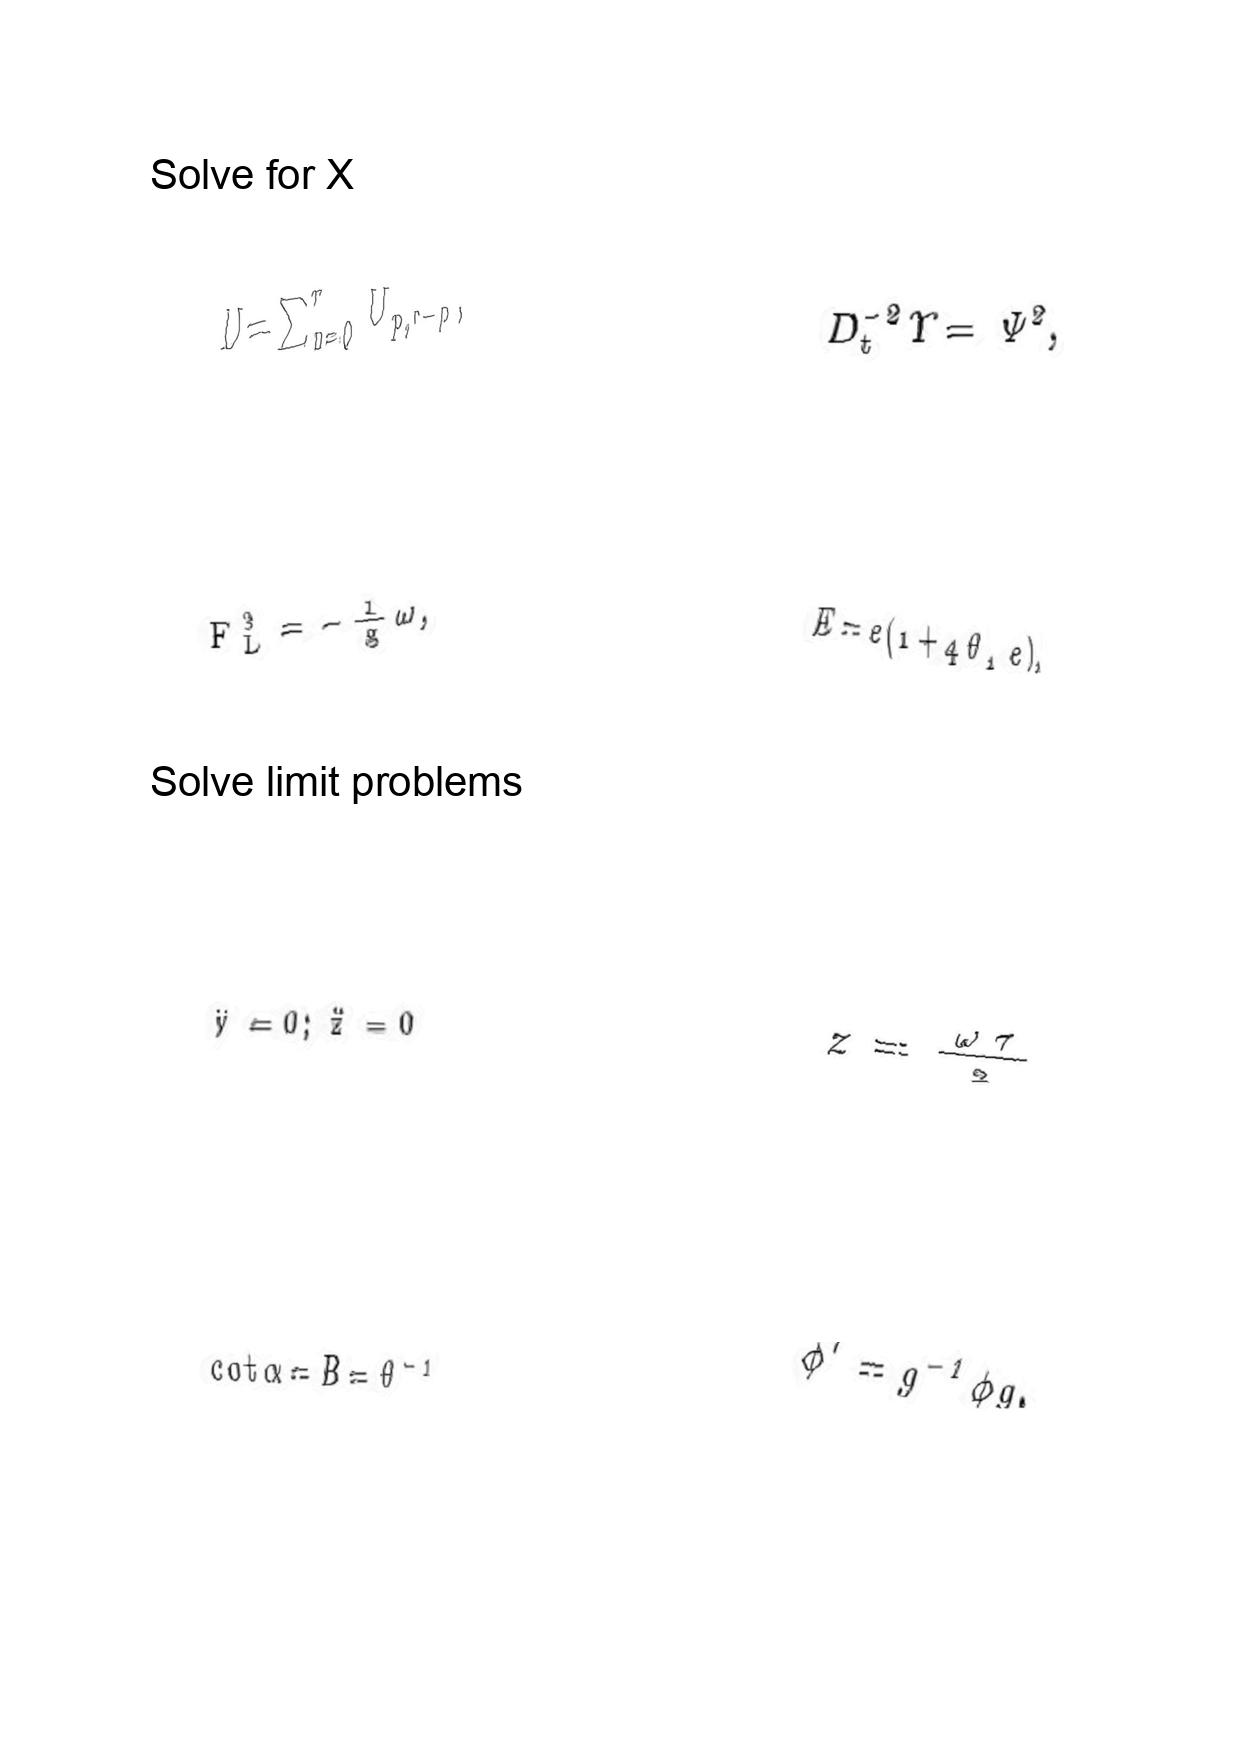
LaTeX transcription:
U = \sum _ { p = 0 } ^ { r } U _ { p , r - p } ,
F _ { L } ^ { 3 } = - \frac { 1 } { g } \omega ,
\ddot { y } = 0 ; \ddot { z } = 0
\mathrm { c o t } \alpha = B = \theta ^ { - 1 }
D _ { t } ^ { - 2 } \Upsilon = \Psi ^ { 2 } ,
E = e \lparen 1 + 4 \theta _ { 1 } e \rparen ,
z = \frac { \omega \tau } { 2 }
\phi ^ { \prime } = g ^ { - 1 } \phi g .